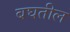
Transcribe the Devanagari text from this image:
बघतील